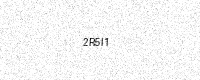
Text: 2R5I1